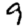
Digit: 9